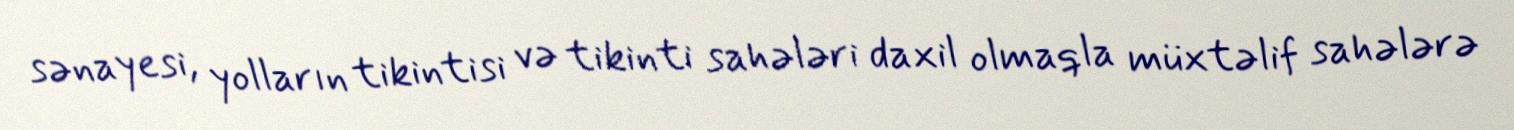
sənayesi, yolların tikintisi və tikinti sahələri daxil olmaqla müxtəlif sahələrə